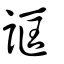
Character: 誆